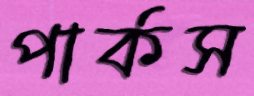
পার্কস